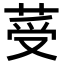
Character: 𦰹